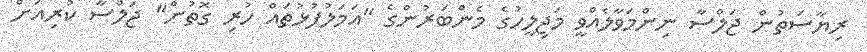
ރިޔާސަތުން ޖަލްސާ ނިންމަވާލެއްވީ މަޖިލީހުގެ މެންބަރުންގެ "އަމަލުފުޅުތައް ހުރި ގޮތުން" ޖަލްސާ ކުރިއަށް